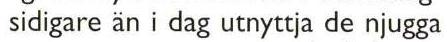
 sidigare än i dag utnyttja de njugga